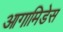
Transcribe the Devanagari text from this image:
आगामिडेस